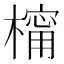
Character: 橣